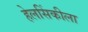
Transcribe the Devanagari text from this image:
हेलसिंकीला